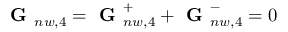
\begin{array} { r } { \textbf { G } _ { n w , 4 } = \textbf { G } _ { n w , 4 } ^ { + } + \textbf { G } _ { n w , 4 } ^ { - } = 0 } \end{array}